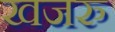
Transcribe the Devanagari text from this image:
खजरु